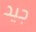
جيد